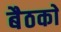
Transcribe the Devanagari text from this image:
बैठकाें